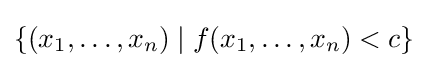
\left\{(x_{1},\dots ,x_{n})\mid f(x_{1},\dots ,x_{n})<c\right\}